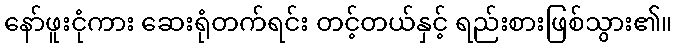
နော်ဖူးငုံကား ဆေးရုံတက်ရင်း တင့်တယ်နှင့် ရည်းစားဖြစ်သွား၏။